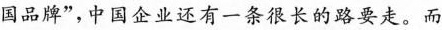
国品牌”，中国企业还有一条很长的路要走。而